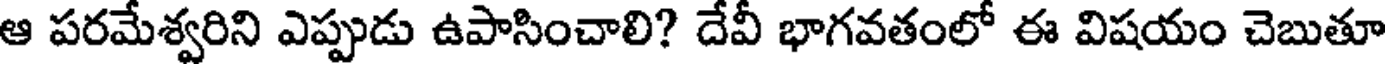
ఆ పరమేశ్వరిని ఎప్పుడు ఉపాసించాలి? దేవీ భాగవతంలో ఈ విషయం చెబుతూ